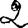
Digit: 2